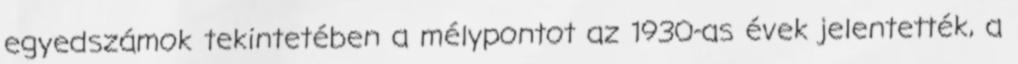
egyedszámok tekintetében a mélypontot az 1930-as évek jelentették, a